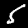
Digit: 5